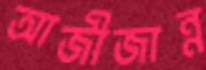
আজীজান্ন